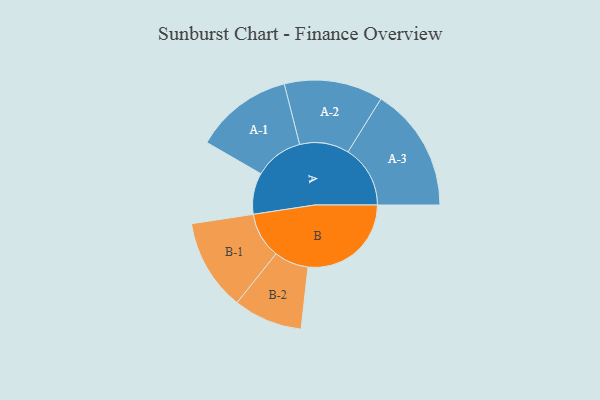
{"axis": {"x": "Segment", "y": "Value"}, "legend": ["", "A", "B"], "data": [{"x": "A", "y": 186, "type": ""}, {"x": "B", "y": 464, "type": ""}, {"x": "A-1", "y": 220, "type": "A"}, {"x": "A-2", "y": 222, "type": "A"}, {"x": "A-3", "y": 280, "type": "A"}, {"x": "B-1", "y": 206, "type": "B"}, {"x": "B-2", "y": 155, "type": "B"}]}